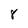
Character: 8